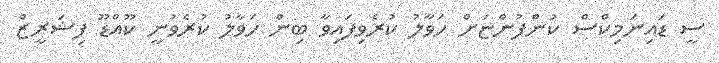
ސީ ޑައިނަމިކްސް ކުންފުންޏަށް ހަވާލު ކުރެވިފައިވާ ބިން ހަވާލު ކުރެވުނީ ކޫއްޑޫ ފިޝަރީޒް